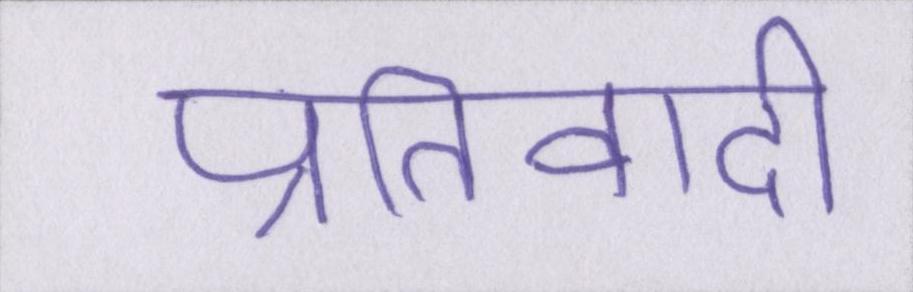
प्रतिवादी